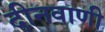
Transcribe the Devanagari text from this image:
दीनवाणी